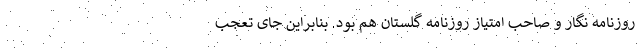
روزنامه نگار و صاحب امتیاز روزنامه گلستان هم بود. بنابراین جای تعجب